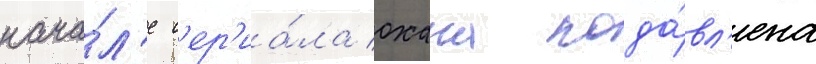
нача́л'е с'ер'иа́ла охана пода́вл'ена